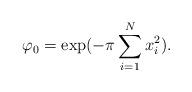
LaTeX: \begin{align*} \varphi_0=\exp(-\pi \sum_{i=1}^N x_i^2).\end{align*}